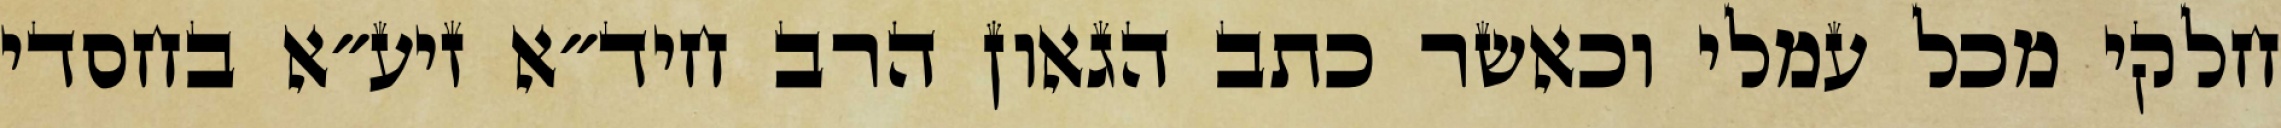
חלקי מכל עמלי וכאשר כתב הגאון הרב חיד״א זיע״א בחסדי